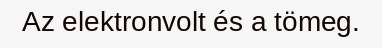
Az elektronvolt és a tömeg.